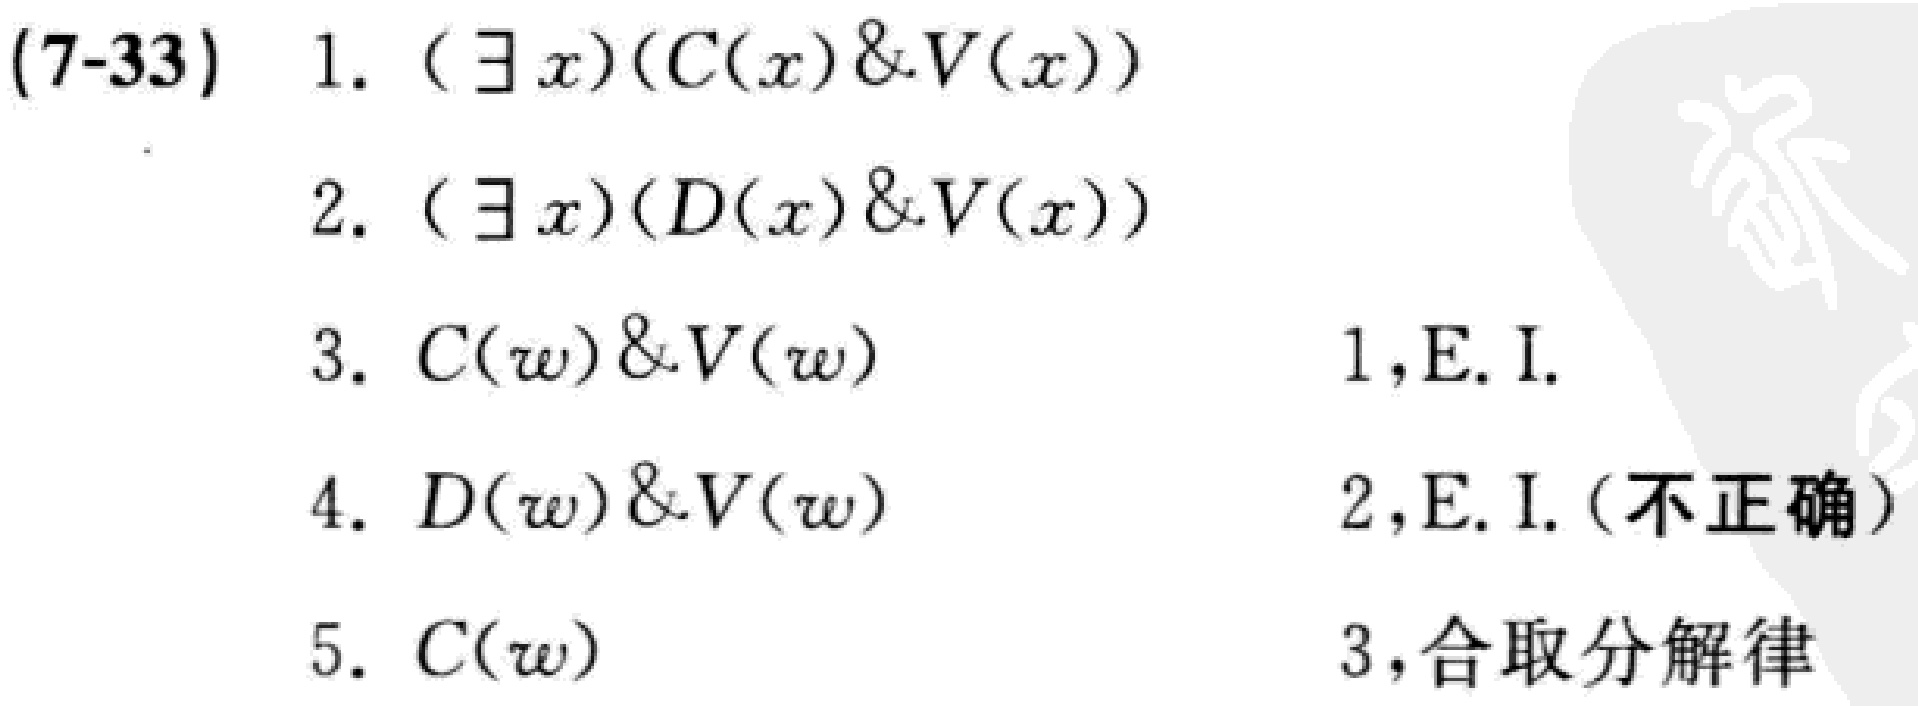
(7-33)
1. $(\exists x)(C(x)\&V(x))$
2. $(\exists x)(D(x)\&V(x))$
3. $C(w)\&V(w)$ \hfill 1,E.I.
4. $D(w)\&V(w)$ \hfill 2,E.I.(不正确)
5. $C(w)$ \hfill 3,合取分解律